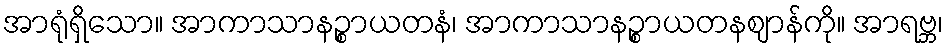
အာရုံရှိသော။ အာကာသာနဉ္စာယတနံ၊ အာကာသာနဉ္စာယတနဈာန်ကို။ အာရဗ္ဘ၊